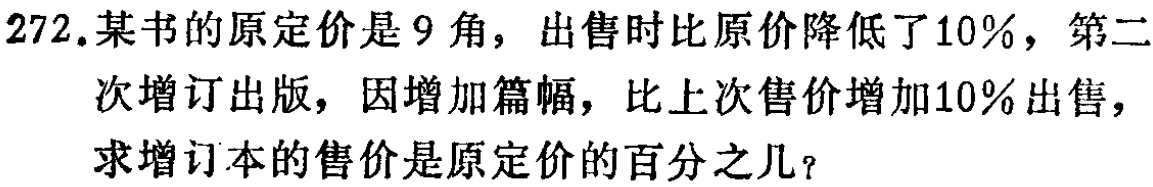
272.某书的原定价是9角，出售时比原价降低了10%，第二次增订出版，因增加篇幅，比上次售价增加10%出售，求增订本的售价是原定价的百分之几？